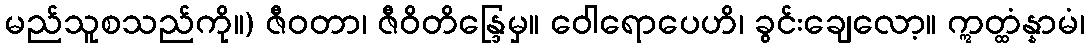
မည်သူစသည်ကို။) ဇီဝတာ၊ ဇီဝိတိန္ဒြေမှ။ ဝေါရောပေဟိ၊ ခွင်းချေလော့။ ဣတ္ထံန္နာမံ၊